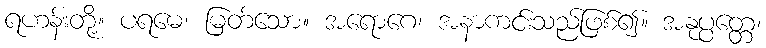
ရဟန်းတို့။ ပရမေ၊ မြတ်သော။ အရောဂေ၊ အနာကင်းသည်ဖြစ်၍။ အနုပ္ပတ္တေ၊